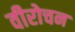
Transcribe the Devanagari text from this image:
वीरोचन